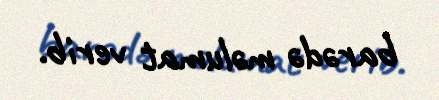
barədə məlumat verib.